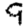
Digit: 9